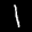
Label: 1